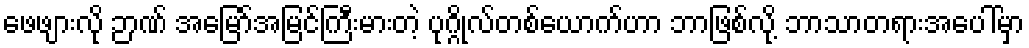
ဖေဖျားလို ဉာဏ် အမြော်အမြင်ကြီးမားတဲ့ ပုဂ္ဂိုလ်တစ်ယောက်ဟာ ဘာဖြစ်လို့ ဘာသာတရားအပေါ်မှာ